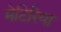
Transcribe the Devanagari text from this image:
मेटिरिया